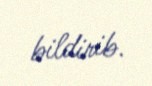
bildirib.